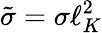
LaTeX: \tilde{\sigma}=\sigma\ell_{K}^{2}